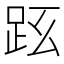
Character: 𧿠